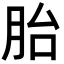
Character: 胎